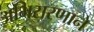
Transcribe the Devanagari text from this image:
अभिसरणाने